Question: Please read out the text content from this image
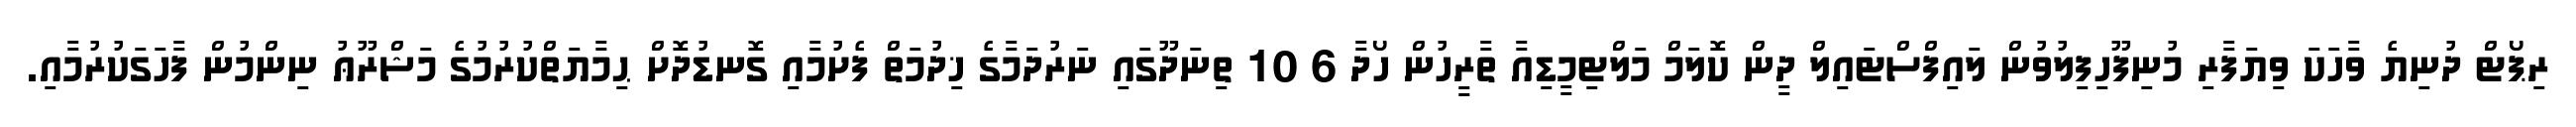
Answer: ރިޕޯޓް ދުނިޔެ ވާހަކަ ވިޔަފާރި މުނިފޫހިފިލުވުން ލައިފްސްޓައިލް ދީން ކޮލަމް މަލްޓިމީޑިއާ ތާރީހުން ހޯދާ 6 10 ތިނަދޫގައި ނަރުދަމާގެ ޚިދުމަތް ފެށުމާއި ގޮނޑުދޮށް ޙިމާޔަތްކުރުމުގެ މަޝްރޫޢު ނިންމުން ފާހަގަކުރުމާއި.